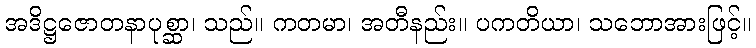
အဒိဋ္ဌဇောတနာပုစ္ဆာ၊ သည်။ ကတမာ၊ အတီနည်း။ ပကတိယာ၊ သဘောအားဖြင့်။